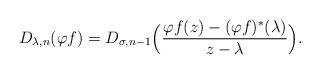
LaTeX: \begin{align*}D_{\lambda,n}(\varphi f) = D_{\sigma, n-1}\Big(\frac{\varphi f(z)-(\varphi f)^*(\lambda)}{z-\lambda}\Big).\end{align*}